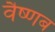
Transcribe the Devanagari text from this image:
वैष्णब